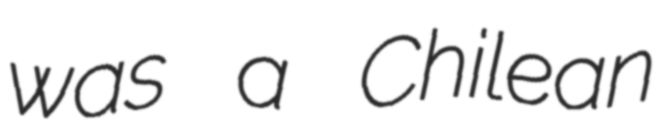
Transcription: was a Chilean